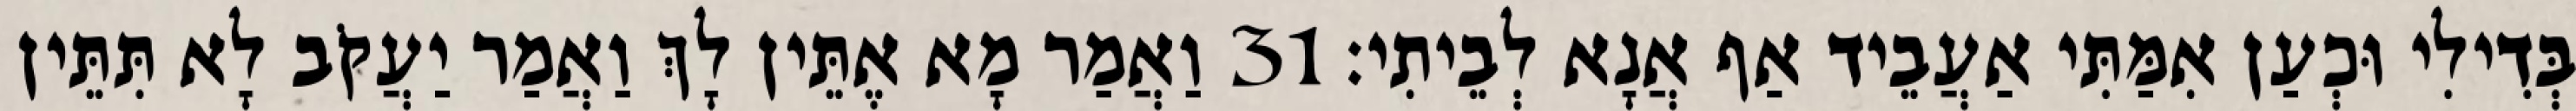
בְּדִילִי וּכְעַן אִמַּתִּי אַעֲבֵיד אַף אֲנָא לְבֵיתִי׃ 31 וַאֲמַר מָא אֶתֵּין לָךְ וַאֲמַר יַעֲקֹב לָא תִּתֵּין